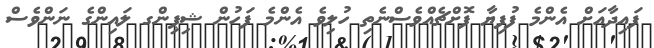
ފައިދާއަށް އެންމެ ފުފިޔާ ފޮށްޗެއްވެސްނެތި ހުލިވެ އެންމެ ފަހުން ޝިޕިންގ ލައިންގެ ނަންވެސް